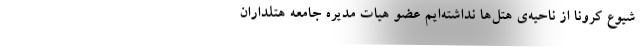
شیوع کرونا از ناحیه‌ی هتل‌ها نداشته‌ایم عضو هیات مدیره جامعه هتلداران